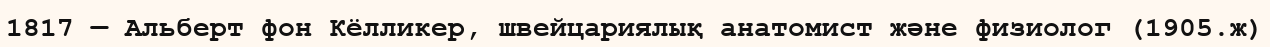
1817 — Альберт фон Кёлликер, швейцариялық анатомист және физиолог (1905.ж)